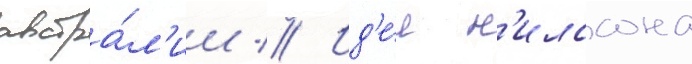
австра́л'ии // Ид'е́и н'илссона